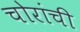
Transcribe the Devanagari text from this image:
चोरांची